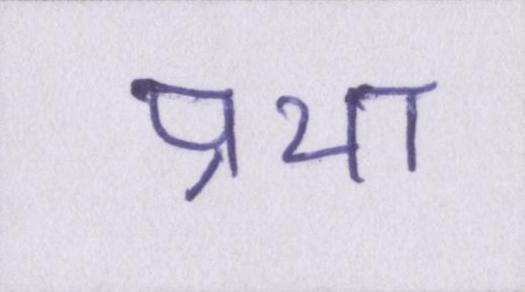
प्रथा